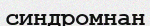
синдромнан